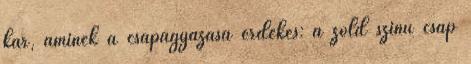
kar, aminek a csapágyazása érdekes: a zöld színű csap